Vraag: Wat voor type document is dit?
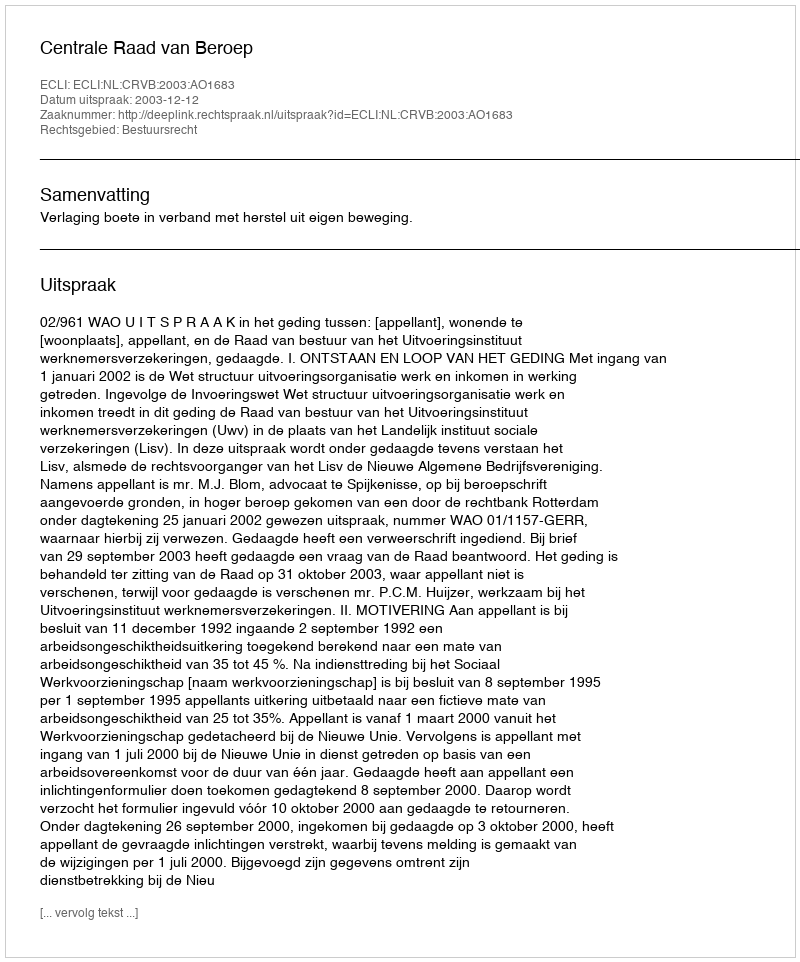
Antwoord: Uitspraak